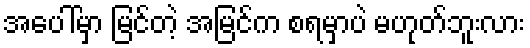
အပေါ်မှာ မြင်တဲ့ အမြင်က စရမှာပဲ မဟုတ်ဘူးလား